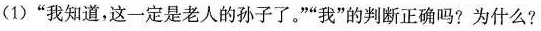
(1)”我知道，这一定是老人的孙子了。””我”的判断正确吗?为什么?